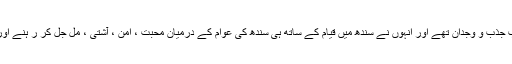
شیخ عثمان مروندی صاحب جذب و وجدان تھے اور انہوں نے سندھ میں قیام کے ساتھ ہی سندھ کی عوام کے درمیان محبت ، امن ، آشتی ، مل جل کر ر ہنے اور صلح کل کا پیغام عام کیا۔